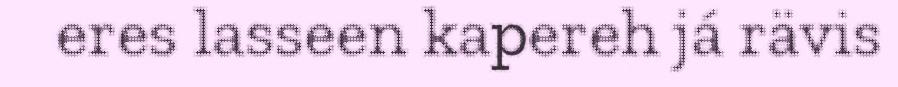
eres lasseen kapereh já rävis